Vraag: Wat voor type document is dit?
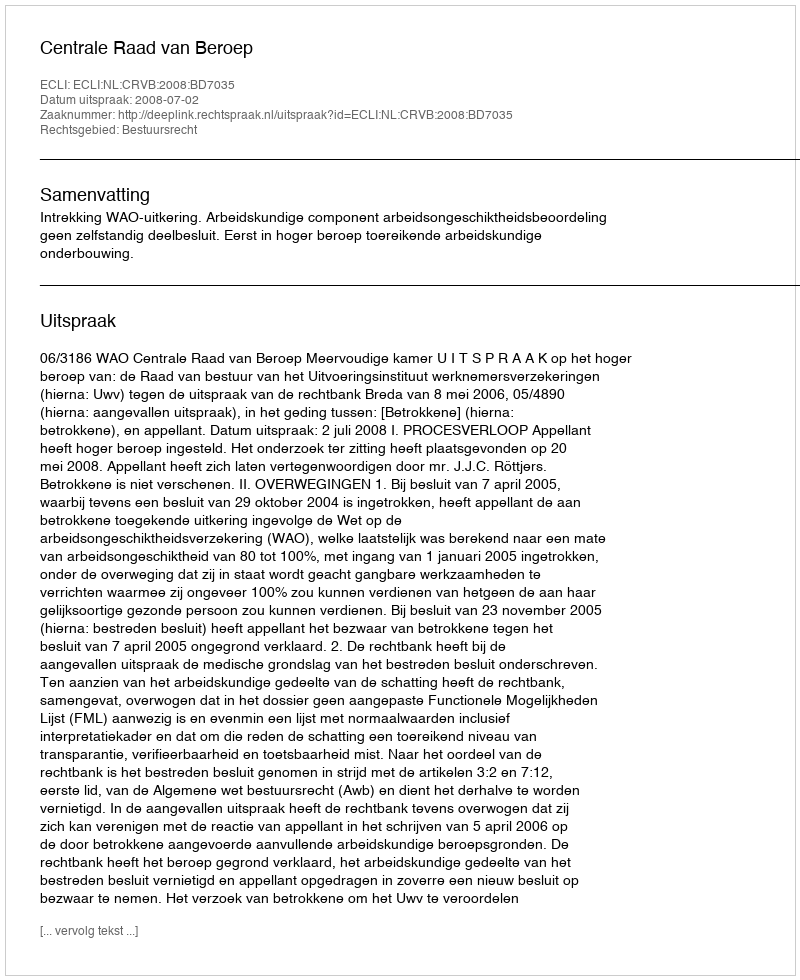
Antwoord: Uitspraak